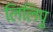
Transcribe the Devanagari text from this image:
लिलिपु